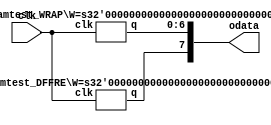
// DESCRIPTION: Verilator: Verilog Test module
//
// This file ONLY is placed into the Public Domain, for any use.

// bug541
module t(clk,odata);
   input clk;
   output [7:0] odata;
   paramtest_DFFRE #(1) dffre0(clk,odata[7]);
   paramtest_WRAP #(7) dffe0(clk,odata[6:0]);
endmodule

module paramtest_WRAP(clk,q);
   parameter W=1;
   input clk;
   output [W-1:0] q;
   paramtest_DFFRE #(W) dffre0(clk,q);
endmodule

module paramtest_DFFRE(clk,q);
   parameter W=1;
   parameter [W-1:0] INIT={W{1'b0}};
   input clk;
   output [W-1:0] q;
   reg [W-1:0]    q;
   always @(posedge clk) begin
      q <= INIT;
   end
endmodule